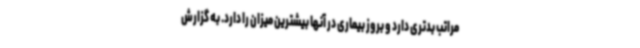
مراتب بدتری دارد و بروز بیماری در آنها بیشترین میزان را دارد. به گزارش